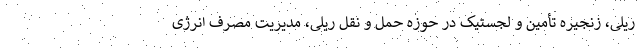
ریلی، زنجیره تأمین و لجستیک در حوزه حمل و نقل ریلی، مدیریت مصرف انرژی